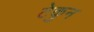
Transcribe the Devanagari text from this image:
टेकुन